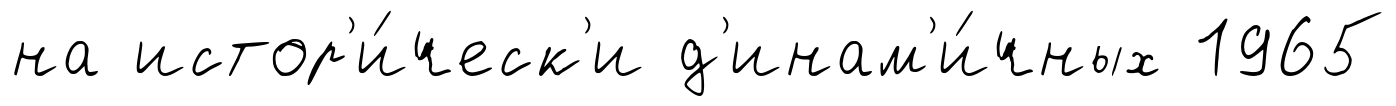
на истор'и́ческ'и д'инам'и́чных 1965